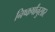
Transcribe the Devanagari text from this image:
निष्कर्षांनुसार